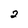
Character: 2